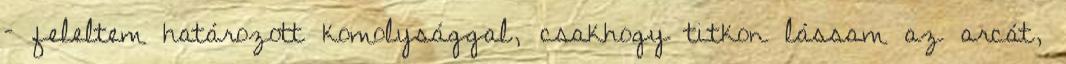
– feleltem határozott komolysággal, csakhogy titkon lássam az arcát,